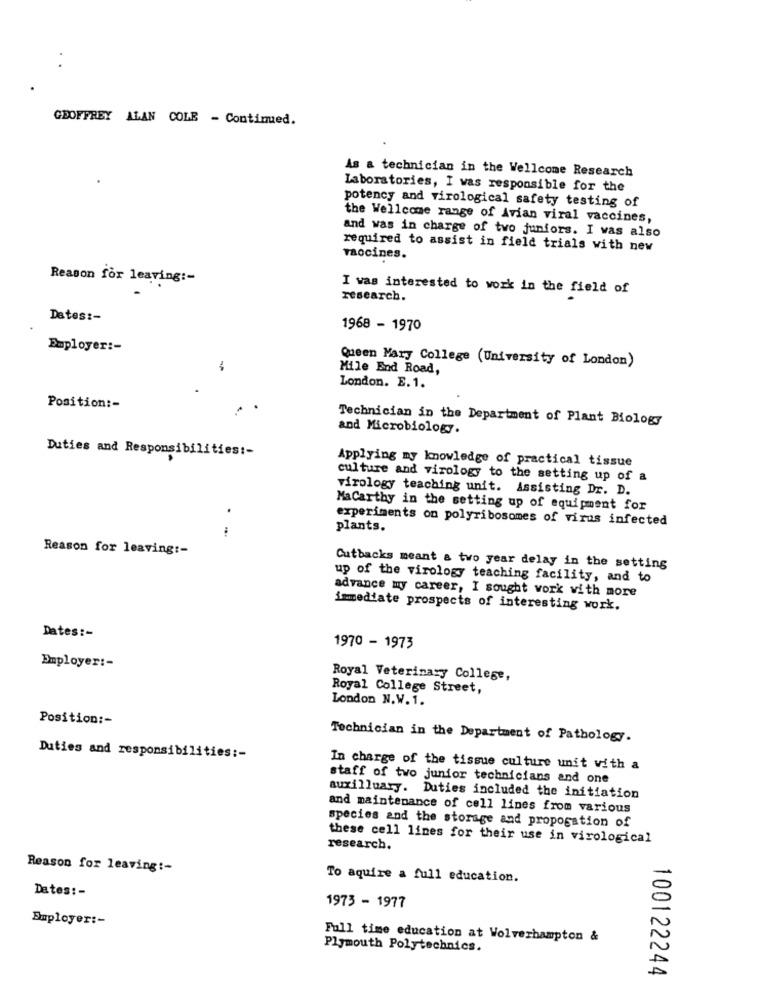
GEOFFREY ALAN COLE - Continued.
As a technician in the Wellcome Research
Laboratories, I was responsible for the
potency and virological safety testing of
the Wellcome range of Avian viral vaccines,
and was in charge of two juniors. I was also
required to assist in field trials with new
Taocines.
Reason for leaving :-
I was interested to work in the field of
research.
Dates :-
1968 - 1970
Employer :-
Queen Mary College (University of London)
Mile End Road,
London. E. 1.
Position :-
Technician in the Department of Plant Biology
and Microbiology.
Duties and Responsibilities :-
Applying my knowledge of practical tissue
culture and virology to the setting up of a
virology teaching unit. Assisting Dr. D.
MaCarthy in the setting up of equipment for
experiments on polyribosomes of virus infected
.-
plants.
Reason for leaving :-
Cutbacks meant a two year delay in the setting
up of the virology teaching facility, and to
advance my career, I sought work with more
immediate prospects of interesting work.
Dates :-
1970 - 1973
Employer :-
Royal Veterinary College,
Royal College Street,
London N.W. 1.
Position :-
Technician in the Department of Pathology.
Duties and responsibilities :-
In charge of the tissue culture unit with a
staff of two junior technicians and one
auxilluary. Duties included the initiation
and maintenance of cell lines from various
species and the storage and propogation of
these cell lines for their use in virological
research.
Reason for leaving :-
To aquire a full education.
Dates: -
1973 - 1977
Employer :-
Full time education at Wolverhampton &
Plymouth Polytechnics.
100122244